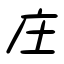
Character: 庄